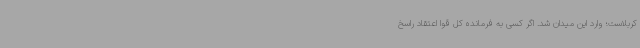
کربلاست؛ وارد این میدان شد. اگر کسی به فرمانده کل قوا اعتقاد راسخ